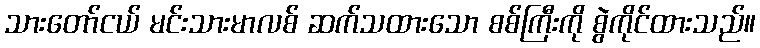
သားတော်ငယ် မင်းသားမာလစ် ဆက်သထားသော စစ်ကြီးကို စွဲကိုင်ထားသည်။